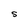
Character: S